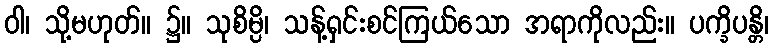
ဝါ၊ သို့မဟုတ်။ ၌။ သုစိမ္ပိ၊ သန့်ရှင်းစင်ကြယ်သော အရာကိုလည်း။ ပက္ခိပန္တိ၊